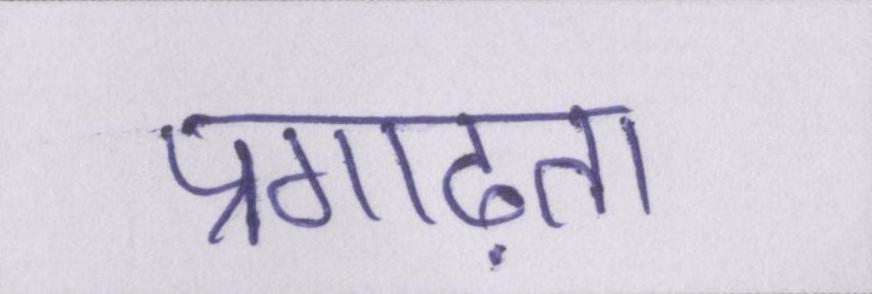
प्रगाढ़ता